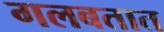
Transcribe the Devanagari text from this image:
गलबतात